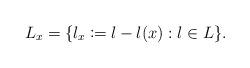
LaTeX: \begin{align*} L_x = \{l_x\coloneqq l-l(x): l \in L\}. \end{align*}